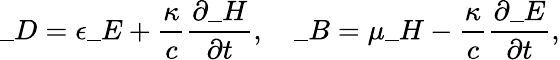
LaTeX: \_ D=\epsilon\_ E+\frac{\kappa}{c}\frac{\partial\_ H}{\partial t},\quad\_ B=\mu\_ H-\frac{\kappa}{c}\frac{\partial\_ E}{\partial t},